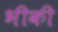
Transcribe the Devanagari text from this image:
भीकी